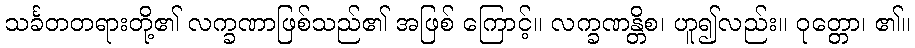
သင်္ခတတရားတို့၏ လက္ခဏာဖြစ်သည်၏ အဖြစ် ကြောင့်။ လက္ခဏန္တိစ၊ ဟူ၍လည်း။ ဝုတ္တော၊ ၏။